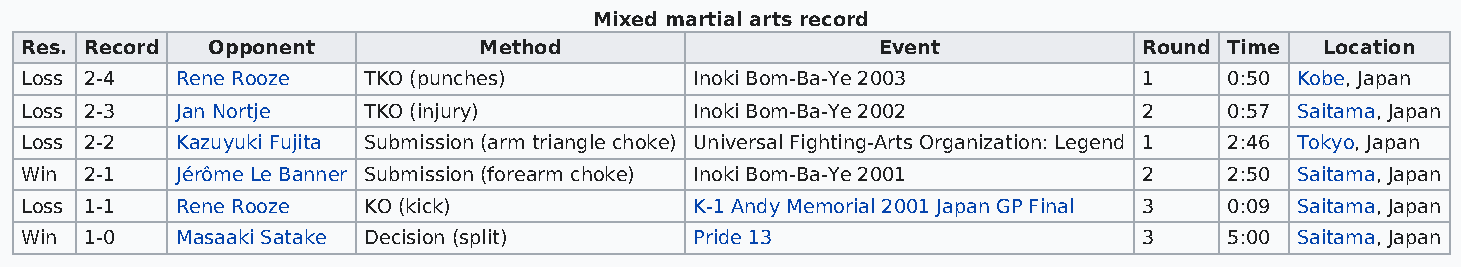
Mixed martial arts record
 Res. Record  Opponent          Method                    Event             Round Time  Location
 Loss 2-4   Rene Rooze  TKO (punches)         Inoki Bom-Ba-Ye 2003          1    0:50 Kobe, Japan
 Loss 2-3   Jan Nortje  TKO (injury)          Inoki Bom-Ba-Ye 2002          2    0:57 Saitama, Japan
 Loss 2-2   Kazuyuki Fujita Submission (arm triangle choke) Universal Fighting-Arts Organization: Legend 1 2:46 Tokyo, Japan
 Win  2-1   Jérôme Le Banner Submission (forearm choke) Inoki Bom-Ba-Ye 2001 2   2:50 Saitama, Japan
 Loss 1-1   Rene Rooze  KO (kick)             K-1 Andy Memorial 2001 Japan GP Final 3 0:09 Saitama, Japan
 Win  1-0   Masaaki Satake Decision (split)   Pride 13                      3    5:00 Saitama, Japan